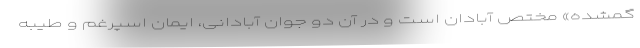
گمشده» مختص آبادان است و در آن دو جوان آبادانی، ایمان اسپرغم و طیبه